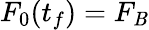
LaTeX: F_{0}(t_{f})=F_{\mathit{B}}